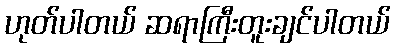
ဟုတ်ပါတယ် ဆရာကြီးတူးချင်ပါတယ်